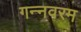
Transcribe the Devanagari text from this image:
गन्‍नवरम